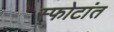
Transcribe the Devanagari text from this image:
स्फोटांत